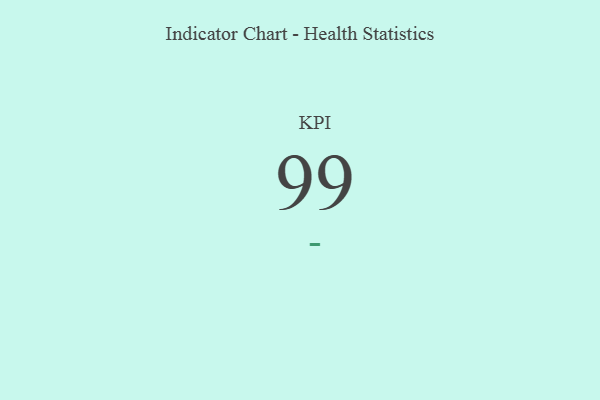
{"axis": {"x": "KPI", "y": "Value"}, "legend": [""], "data": [{"x": "KPI", "y": 99, "type": ""}]}